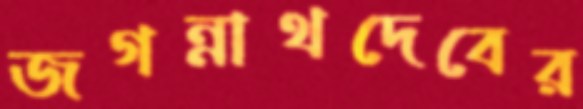
জগন্নাথদেবের